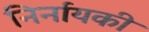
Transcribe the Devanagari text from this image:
निर्नायकी